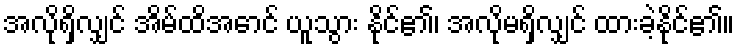
အလိုရှိလျှင် အိမ်ထိအောင် ယူသွား နိုင်၏၊ အလိုမရှိလျှင် ထားခဲ့နိုင်၏။